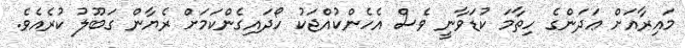
މައިރާއަށް ޢަދަންގެ ހިތާމަ ކުޑަވާނީ ވެސް އެހެންކުއްޖަކު ހޯދައިގެންކަމަށް ރެޔާން ގަބޫލު ކުރެއެވެ.